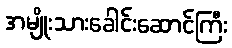
အမျိုးသားခေါင်းဆောင်ကြီး